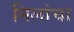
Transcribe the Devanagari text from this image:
निलांचा